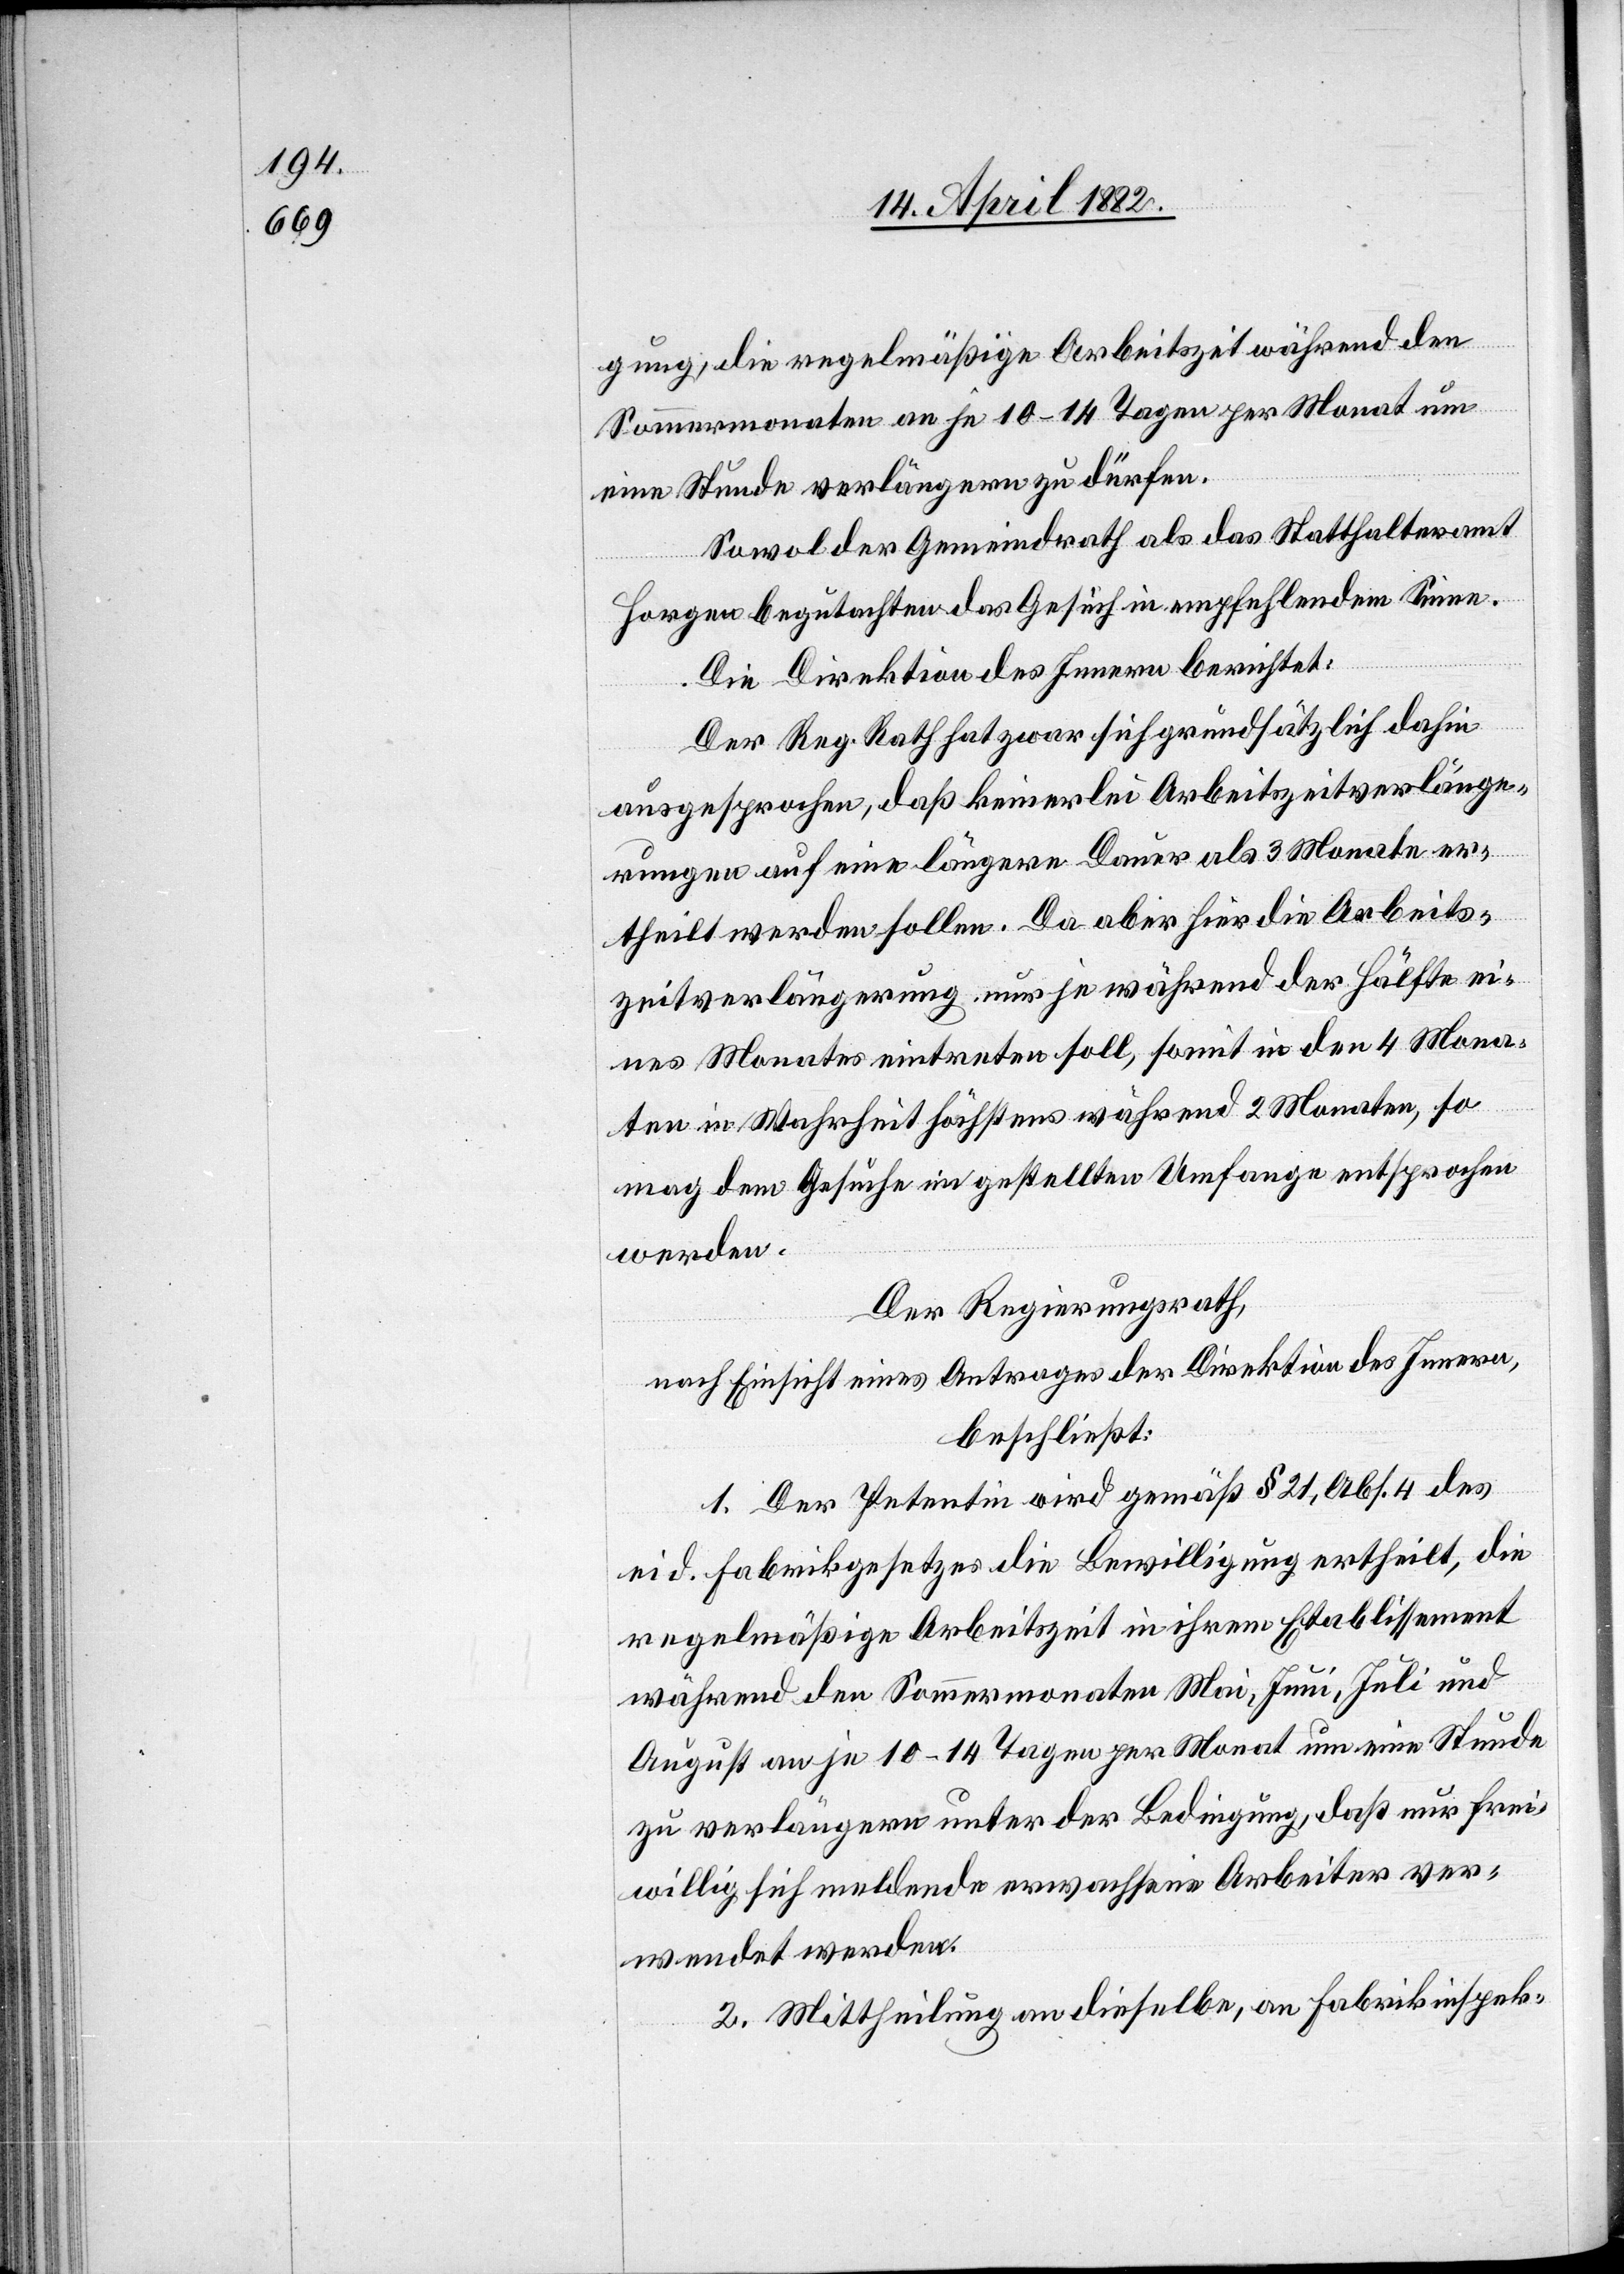
gung, die regelmäßige Arbeitszeit während den
Sommermonaten an je 10–14 Tagen per Monat um
eine Stunde verlängern zu dürfen.
Sowol der Gemeindrath als das Statthalteramt
Horgen begutachten das Gesuch in empfehlendem Sinne.
Die Direktion des Innern berichtet:
Der Reg. Rath hat zwar sich grundsätzlich dahin
ausgesprochen, daß keinerlei Arbeitszeitverlänge¬
rungen auf eine längere Dauer als 3 Monate er¬
theilt werden sollen. Da aber hier die Arbeits¬
zeitverlängerung nur je während der Hälfte ei¬
nes Monates eintreten soll, somit in den 4 Mona¬
ten in Wahrheit höchstens während 2 Monaten, so
mag dem Gesuche im gestellten Umfange entsprochen
werden.
Der Regierungsrath,
nach Einsicht eines Antrages der Direktion des Innern,
beschließt:
1. Der Petentin wird gemäß § 21, Abs. 4 des
eid. Fabrikgesetzes die Bewilligung ertheilt, die
regelmäßige Arbeitszeit in ihrem Etablissement
während den Sommermonaten Mai, Juni, Juli und
August an je 10–14 Tagen per Monat um eine Stunde
zu verlängern unter der Bedingung, daß nur frei¬
willig sich meldende erwachsene Arbeiter ver¬
wendet werden.
2. Mittheilung an dieselbe, an Fabrikinspek-